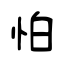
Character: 怕